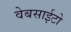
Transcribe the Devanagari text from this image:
वेबसाईटो